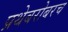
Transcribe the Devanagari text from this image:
प्रथेबरोबरच